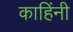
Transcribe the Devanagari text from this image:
काहिंनी